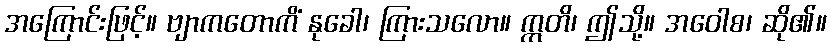
အကြောင်းဖြင့်။ ဗျာကတောကိံ နုခေါ၊ ကြားသလော။ ဣတိ၊ ဤသို့။ အဝေါစ၊ ဆို၏။